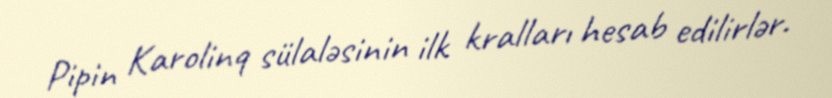
Pipin Karolinq sülaləsinin ilk kralları hesab edilirlər.